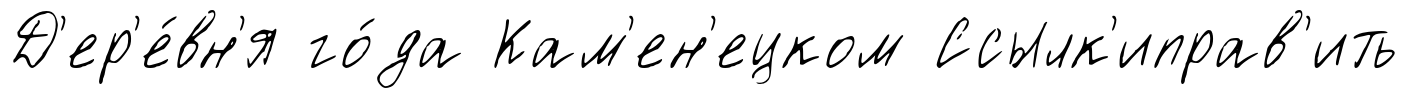
Д'ер'е́вн'я го́да Кам'ен'ецком Ссылк'иправ'ить